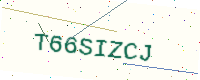
Text: T66SIZCJ